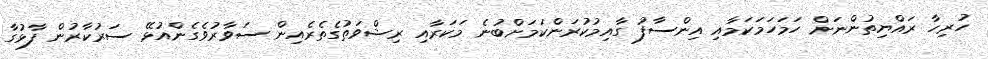
ހުރިހާ ރައްޔިތުންނަށް ހަމަހަމަކަމާއި އިންސާފު ގާއިމުކުރަންކަމަށްބުނެ މަކަރާއި ރިޝްވަތުގެތެރެއިން ސަވާރުވެގެންއުޅޭ ސަރުކާރުން ފާޅުގާ